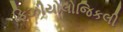
ફિઝીયોલોજિકલી